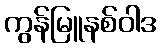
ကွန်မြူနစ်ဝါဒ